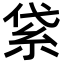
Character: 𥿝